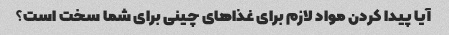
آیا پیدا کردن مواد لازم برای غذاهای چینی برای شما سخت است؟